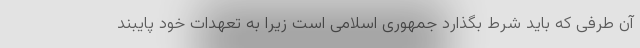
آن طرفی که باید شرط بگذارد جمهوری اسلامی است زیرا به تعهدات خود پایبند